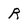
Character: R